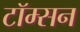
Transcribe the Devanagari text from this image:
टॉम्सन